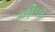
મણિકરણ